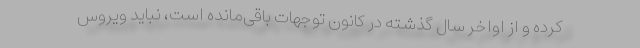
کرده و از اواخر سال گذشته در کانون توجهات باقی‌مانده است، نباید ویروس